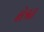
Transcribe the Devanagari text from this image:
क्षेत्रत